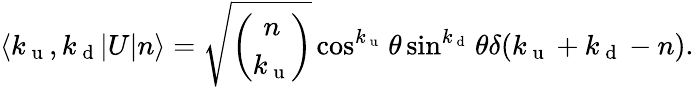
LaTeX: \langle k_{\mathrm{~u~}},k_{\mathrm{~d~}}\vert U\vert n\rangle=\sqrt{\binom{n}{k_{\mathrm{~u~}}}}\cos^{k_{\mathrm{~u~}}}{\theta}\sin^{k_{\mathrm{~d~}}}{\theta}\delta(k_{\mathrm{~u~}}+k_{\mathrm{~d~}}-n).